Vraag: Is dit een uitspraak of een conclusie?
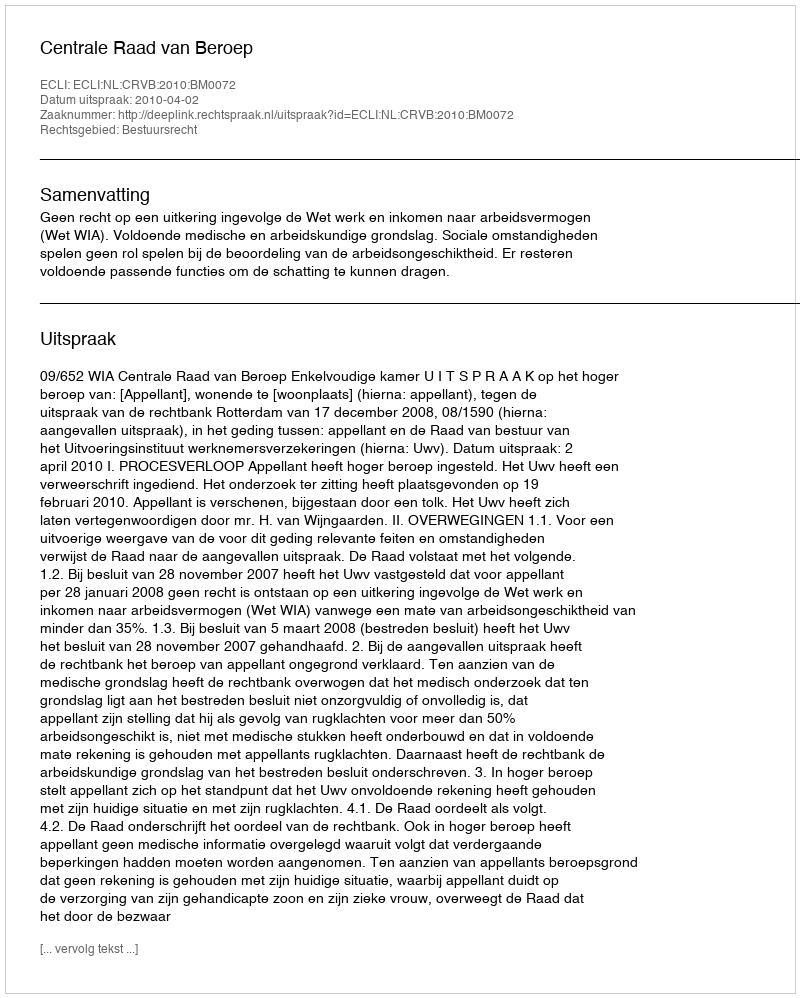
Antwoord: Uitspraak